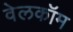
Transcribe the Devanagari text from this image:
वेलकॉम